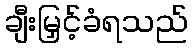
ချီးမြှင့်ခံရသည်